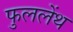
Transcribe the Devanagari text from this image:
फुललेंथ